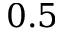
0 . 5